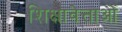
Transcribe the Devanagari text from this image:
शिक्षावेत्ताओं